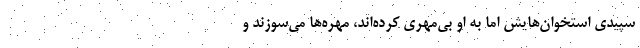
سپيدي استخوان‌هايش اما به او بي‌مهري كرده‌اند، مهره‌ها مي‌سوزند و